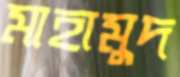
মাহামুদ